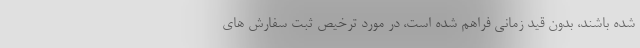
شده باشند، بدون قید زمانی فراهم شده است، در مورد ترخیص ثبت سفارش های